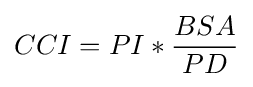
{CCI}=PI*{\frac {BSA}{PD}}